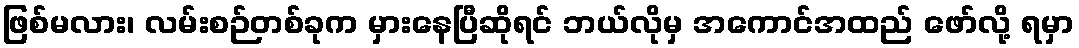
ဖြစ်မလား၊ လမ်းစဉ်တစ်ခုက မှားနေပြီဆိုရင် ဘယ်လိုမှ အကောင်အထည် ဖော်လို့ ရမှာ